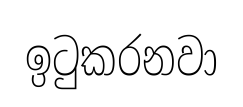
ඉටුකරනවා